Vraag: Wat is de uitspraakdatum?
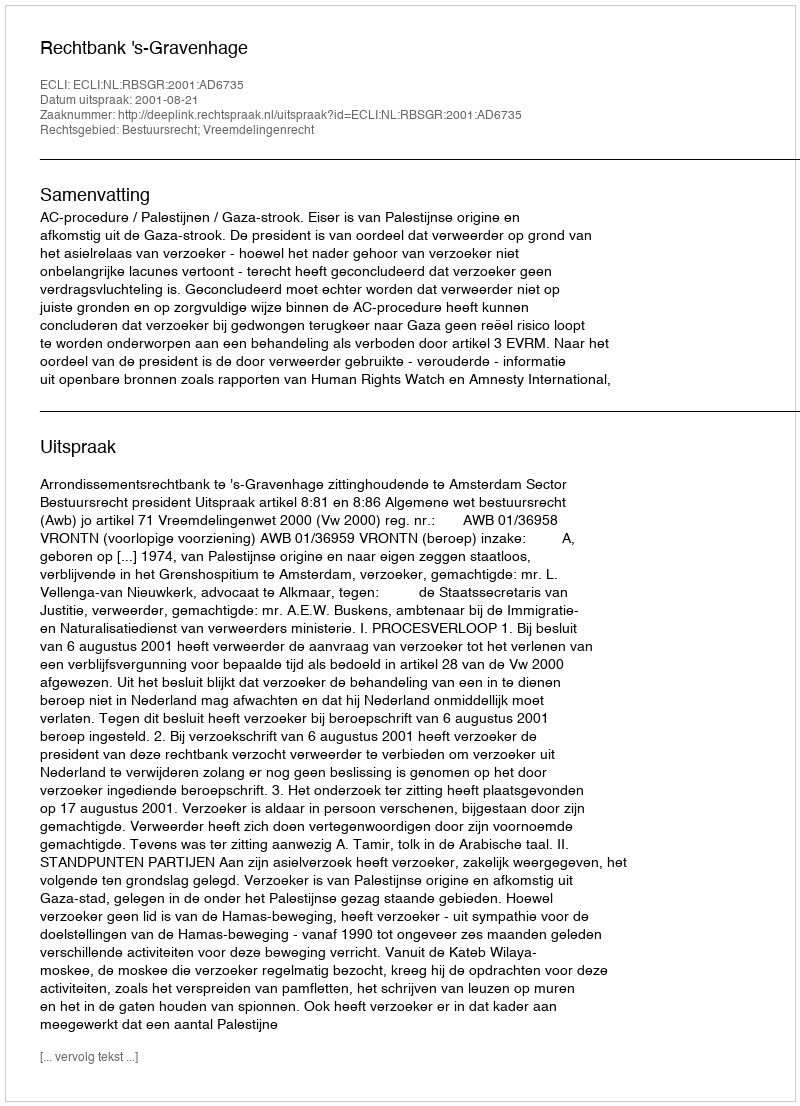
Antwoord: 2001-08-21